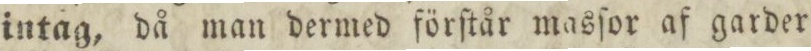
intag, då man dermed förſtår masſor af garder